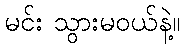
မင်း သွားမဝယ်နဲ့။